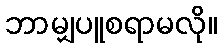
ဘာမျှပူစရာမလို။